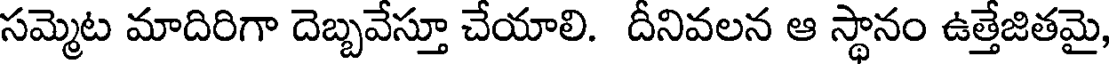
సమ్మెట మాదిరిగా దెబ్బవేస్తూ చేయాలి. దీనివలన ఆ స్థానం ఉత్తేజితమై,